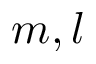
m , l